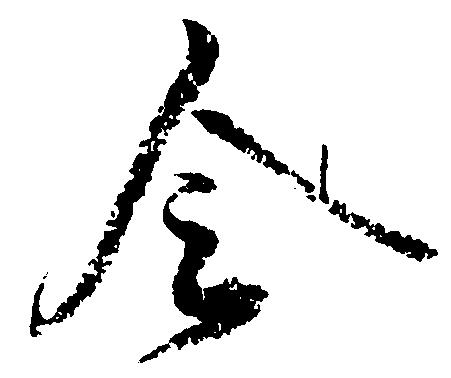
令